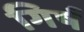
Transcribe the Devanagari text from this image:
गिर्ष